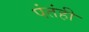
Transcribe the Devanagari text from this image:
पंतंही